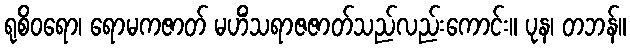
ရုစိဝရော၊ ရောမကဇာတ် မဟိံသရာဇဇာတ်သည်လည်းကောင်း။ ပုန၊ တဘန်။